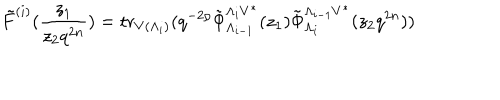
\tilde { F } ^ { ( i ) } ( \frac { z _ { 1 } } { z _ { 2 } q ^ { 2 n } } ) = \mathrm { t r } _ { V ( \Lambda _ { i } ) } ( q ^ { - 2 \rho } \tilde { \Phi } _ { \Lambda _ { i - 1 } } ^ { \Lambda _ { i } V ^ { * } } ( z _ { 1 } ) \tilde { \Phi } _ { \Lambda _ { i } } ^ { \Lambda _ { i - 1 } V ^ { * } } ( z _ { 2 } q ^ { 2 n } ) )